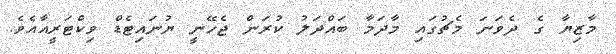
މާޒިޔާ ގެ ދެވަނަ މެޗުގައި މާދަމާ ބައްދަލު ކުރަން ޖެހޭނީ ޔުނައިޓެޑް ވިކްޓަރީއާއެވެ.